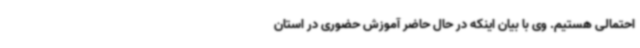
احتمالی هستیم. وی با بیان اینکه در حال حاضر آموزش حضوری در استان